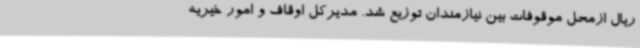
ریال ازمحل موقوفات بین نیازمندان توزیع شد. مدیرکل اوقاف و امور خیریه